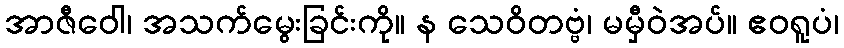
အာဇီဝေါ၊ အသက်မွေးခြင်းကို။ န သေဝိတဗ္ဗံ၊ မမှီဝဲအပ်။ ဧဝရူပံ၊